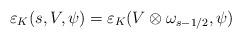
LaTeX: \begin{align*} \varepsilon_K(s,V, \psi) = \varepsilon_K(V \otimes \omega_{s - 1/2}, \psi) \end{align*}